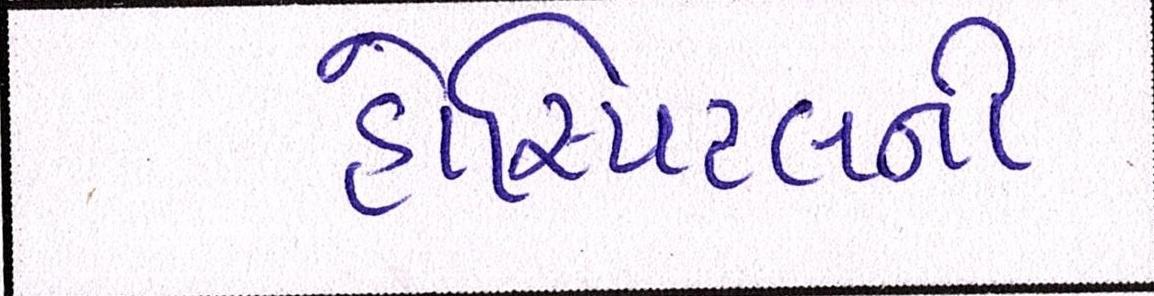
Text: હોસ્પિટલની